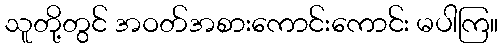
သူတို့တွင် အဝတ်အစားကောင်းကောင်း မပါကြ။